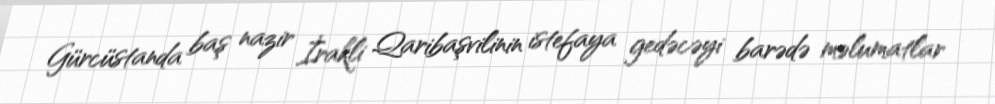
Gürcüstanda baş nazir İrakli Qaribaşvilinin istefaya gedəcəyi barədə məlumatlar